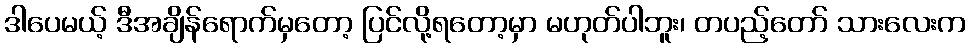
ဒါပေမယ့် ဒီအချိန်ရောက်မှတော့ ပြင်လို့ရတော့မှာ မဟုတ်ပါဘူး၊ တပည့်တော် သားလေးက